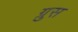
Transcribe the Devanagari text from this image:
ग्रुस